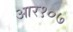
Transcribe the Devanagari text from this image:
आर१०७